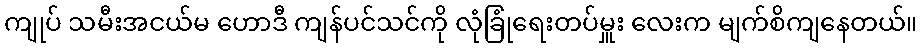
ကျုပ် သမီးအငယ်မ ဟောဒီ ကျန်ပင်သင်ကို လုံခြုံရေးတပ်မှူး လေးက မျက်စိကျနေတယ်။